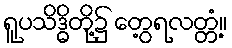
ရူပသိဒ္ဓိတို့၌ တွေ့ရလတ္တံ့။